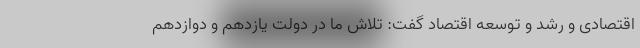
اقتصادی و رشد و توسعه اقتصاد گفت: تلاش ما در دولت یازدهم و دوازدهم